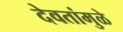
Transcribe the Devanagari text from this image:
देवतांमुळे